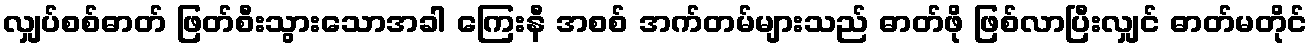
လျှပ်စစ်ဓာတ် ဖြတ်စီးသွားသောအခါ ကြေးနီ အစစ် အက်တမ်များသည် ဓာတ်ဖို ဖြစ်လာပြီးလျှင် ဓာတ်မတိုင်